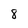
Character: 8